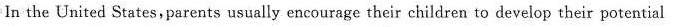
In the United States, parents usually encourage their children to develop their potential